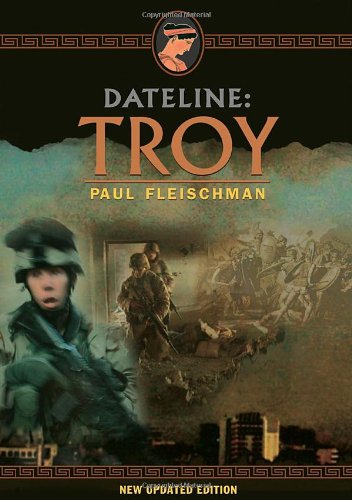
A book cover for Dateline: Troy; Paul Fleischman; Children's Books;